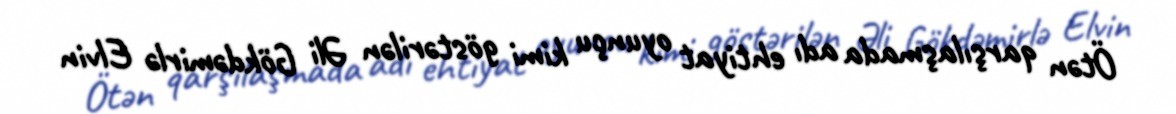
Ötən qarşılaşmada adı ehtiyat oyunçu kimi göstərilən Əli Gökdəmirlə Elvin